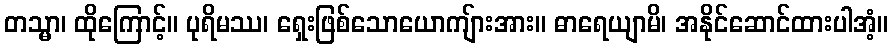
တသ္မာ၊ ထိုကြောင့်။ ပုရိမဿ၊ ရှေးဖြစ်သောယောကျ်ားအား။ ဓာရေယျာမိ၊ အနိုင်ဆောင်ထားပါအံ့။